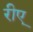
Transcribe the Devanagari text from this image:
रीए